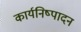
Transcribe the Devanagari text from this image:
कार्यनिष्‍पादन